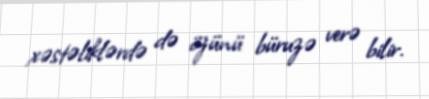
xəstəliklərdə də özünü büruzə verə bilir.